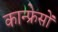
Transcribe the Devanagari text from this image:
कान्फ्रेसों